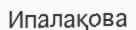
Ипалақова